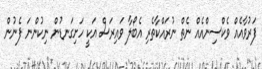
ފަރުވާއެއް ވެކްސިންއެއް ނެތް ނުރައްކާތެރި އެބޯލާ ވައިރަސް އަކީ ހަށިގަނޑުން ނިކުންނަ ފެނުން